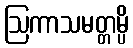
ဩကာသမတ္တမ္ပိ